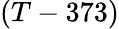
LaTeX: (T-373)